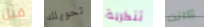
قبل تحويلك تنكرية كانت